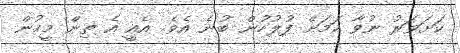
ކަށަވަރު ނުވާ ކަމަށް ފުލުހުން ބުނެ އެވެ. އެއީ އެ ތިން މީހުން